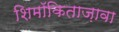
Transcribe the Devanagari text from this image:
शिमॉकिताज़ावा